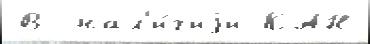
В  нал'и́чиjи КАН